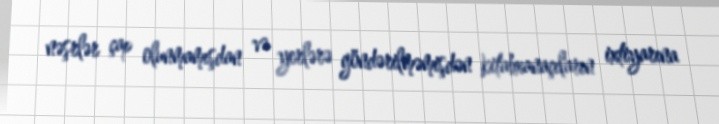
nəşrlər çap olunmamışdan və yerlərə göndərilməmişdən kitabxanaçıların ixtiyarına